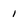
Character: 1